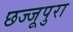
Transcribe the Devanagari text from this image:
छज्जूपुरा